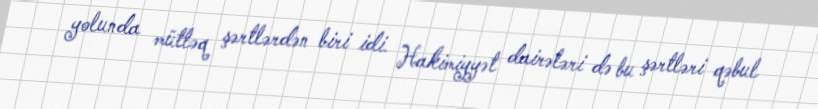
yolunda mütləq şərtlərdən biri idi. Hakimiyyət dairələri də bu şərtləri qəbul